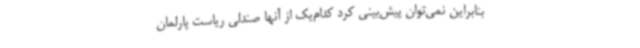
بنابراین نمی‌توان پیش‌بینی کرد کدام‌یک از آنها صندلی ریاست پارلمان